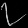
Digit: ၇